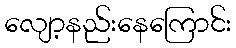
လျော့နည်းနေကြောင်း